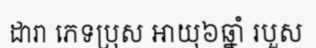
ដារា ភេទប្រុស អាយុ៦ឆ្នាំ របួស